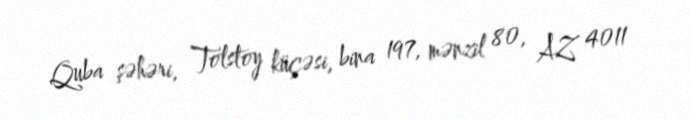
Quba şəhəri, Tolstoy küçəsi, bina 197, mənzil 80, AZ 4011